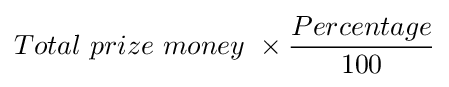
Total\ prize\ money\ \times {\frac {Percentage}{100}}